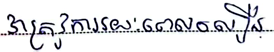
វាត្រូវការរយៈពេលលឿន